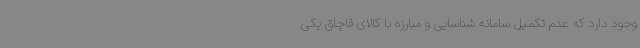
وجود دارد که عدم تکمیل سامانه شناسایی و مبارزه با کالای قاچاق یکی